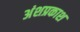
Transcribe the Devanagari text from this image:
अंशप्रकाश